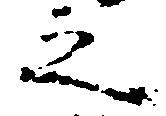
之